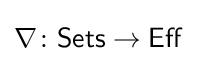
\nabla \colon {\mathsf {Sets}}\to {\mathsf {Eff}}